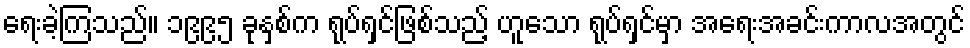
ရေးခဲ့ကြသည်။ ၁၉၉၅ ခုနှစ်က ရုပ်ရှင်ဖြစ်သည့် ဟူသော ရုပ်ရှင်မှာ အရေးအခင်းကာလအတွင်